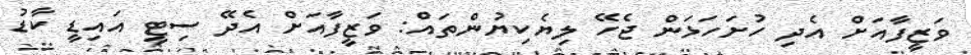
ވަޒީފާއަށް އެދި ހުށަހަޅަން ޖެހޭ ލިޔެކިޔުންތައް: ވަޒީފާއަށް އެދޭ ސިޓީ އައިޑީ ކާޑު